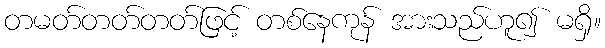
တမတ်တတ်တတ်ဖြင့် တစ်နေကုန် အားသည်ဟူ၍ မရှိ။